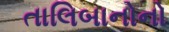
તાલિબાનોનો